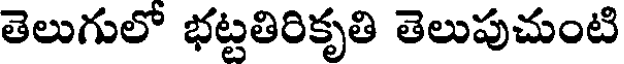
తెలుగులో భట్టతిరికృతి తెలుపుచుంటి